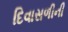
દિવાસળીની